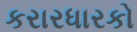
કરારધારકો